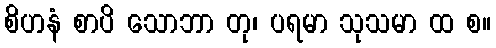
စိဟနံ စာပိ သောဘာ တု၊ ပရမာ သုသမာ ထ စ။